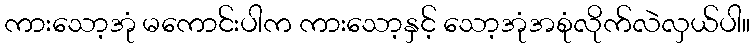
ကားသော့အုံ မကောင်းပါက ကားသော့နှင့် သော့အုံအစုံလိုက်လဲလှယ်ပါ။